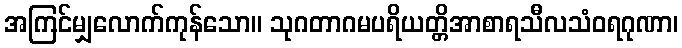
အကြင်မျှလောက်ကုန်သော။ သုဂတာဂမပရိယတ္တိအာစာရသီလသံဝရဂုဏာ၊